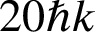
2 0 \hbar k